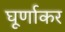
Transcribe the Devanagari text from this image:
घूर्णाकर